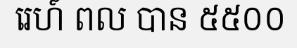
រេហ៍ ពល បាន ៥៥០០